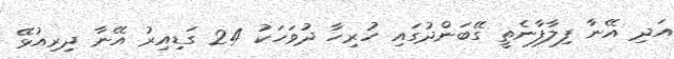
އަދި އޭނާ ފިލާފާނެތީ ގޭބަންދުގައި ހުރިހާ ދުވަހަކު 24 ގަޑިއިރު އޭނާ ދިރިއުޅޭ